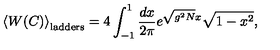
\left< W ( C ) \right> _ { \mathrm { l a d d e r s } } = 4 \int _ { - 1 } ^ { 1 } \frac { d x } { 2 \pi } e ^ { \sqrt { g ^ { 2 } N } x } \sqrt { 1 - x ^ { 2 } } ,